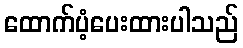
ထောက်ပံ့ပေးထားပါသည်